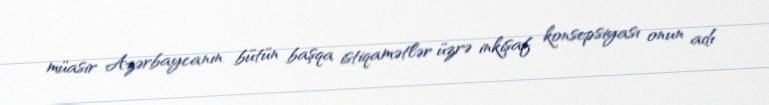
müasir Azərbaycanın bütün başqa istiqamətlər üzrə inkişaf konsepsiyası onun adı